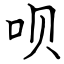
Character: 呗